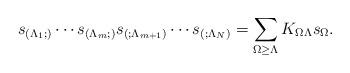
LaTeX: \begin{gather*}s_{(\Lambda_1; )} \cdots s_{(\Lambda_m; )} s_{(; \Lambda_{m+1})} \cdots s_{(; \Lambda_N)}=\sum\limits_{\Omega \geq\Lambda}K_{\Omega \Lambda}s_\Omega.\end{gather*}